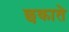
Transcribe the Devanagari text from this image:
छकाते